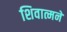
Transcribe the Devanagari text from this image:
शिवात्मने